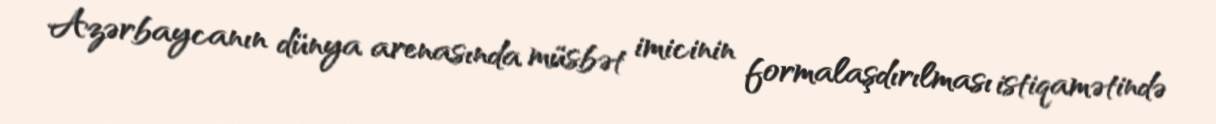
Azərbaycanın dünya arenasında müsbət imicinin formalaşdırılması istiqamətində